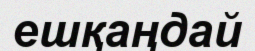
ешқаңдай